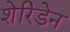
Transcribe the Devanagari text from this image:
शेरिडेन